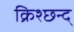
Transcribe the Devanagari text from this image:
क्रिश्छन्द्